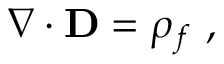
\nabla \cdot \mathbf { D } = \rho _ { f } \ ,